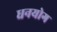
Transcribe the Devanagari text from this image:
धनयोग